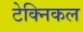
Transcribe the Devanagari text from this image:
टेक्‍निकल